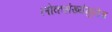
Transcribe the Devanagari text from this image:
लोकसंख्येमुळेच